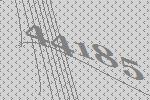
44185